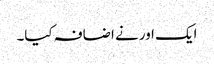
ایک اور نے اضافہ کیا۔